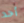
أحد